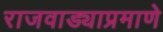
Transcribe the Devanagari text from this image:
राजवाड्याप्रमाणे